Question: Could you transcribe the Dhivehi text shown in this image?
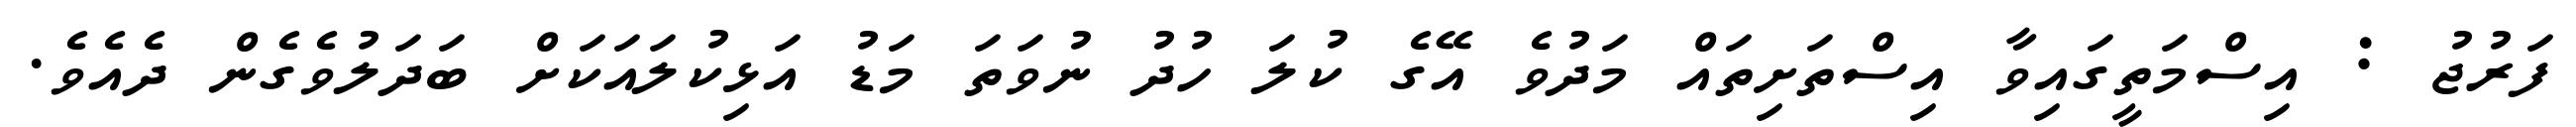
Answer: ފަރުޖު : އިސްމަތީގައިވާ އިސްތަށިތައް މަދުވެ އޭގެ ކުލަ ހުދު ނުވަތަ މަޑު އަޅިކުލައަކަށް ބަދަލުވެގެން ދެއެވެ.